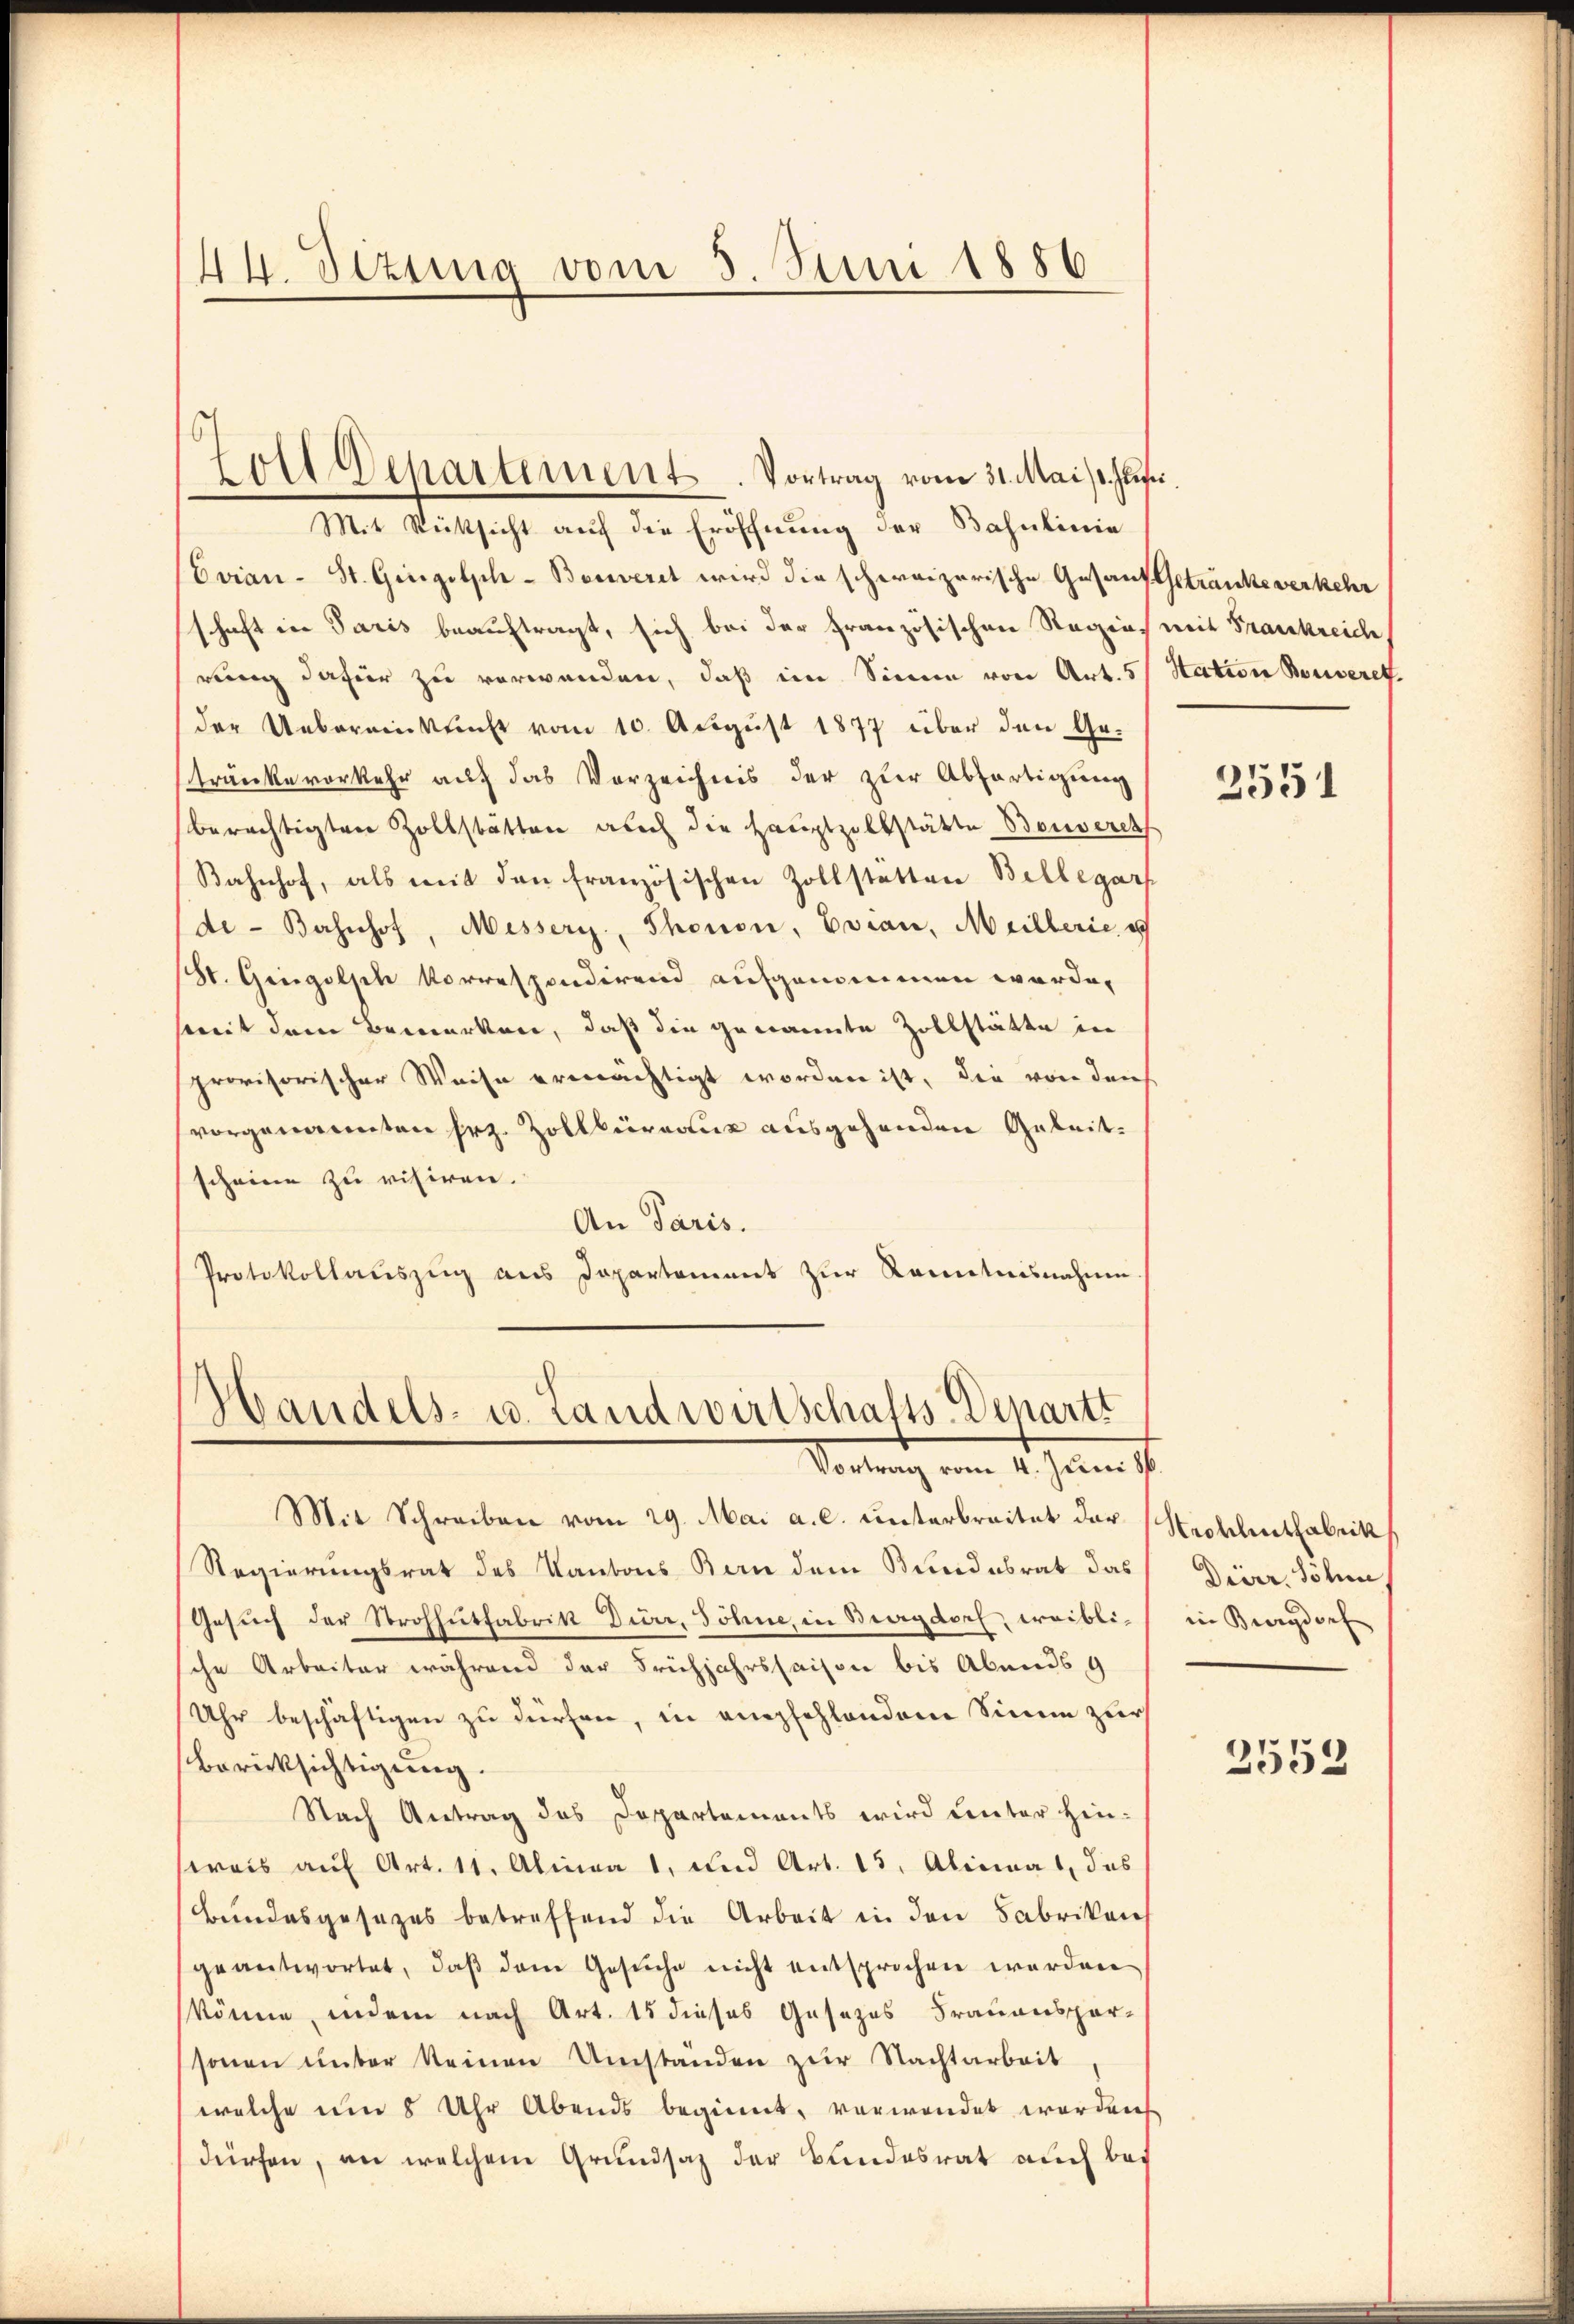
Zoll Departement. Vortrag vom 31. Mai d. Js.
Mit Rücksicht auf die Eröffnung der Bahnlinie
Evian-St. Gingelsch - Benveret wird die schweizerische Gesand Getranke verkehr
schaft in Paris beauftragt, sich bei der Französischen Regens weit Frankreich
rung dafür zu verwenden, daß im Sinne von Art. 5 Station Bouveret.
der Uebereinkunft vom 10. August 1877 über den Getränke vorkehr auf das Verzeichnis der zur Abfertigung
berechtigten Zollstatten auch die Hauptzollstätte Benvereh
Bahnhof, als mit den französischen Zollstatten Bellegar
de Bahnhof, Messers, Thonon, Evian, Meillerie e
(St. Gingolsch Korrespondirend aufgenommen werde,
seit dem Bemerken, daß die genannte Zollstätte in
provisorischer Weise ermächtigt worden ist, die von den
vorgenannten Frz. Zollbüreaux ausgehenden Geleitscheine zu visiren.
An Paris.
Protokollauszug aus Departement zur Kenntnisnahme.

44. Dezung vom 5. Juni 1886

¬
gandels- u. Landwirtschafts-Departi
Vortrag vom 4. Juni d.

Mit Schreiben vom 29. Mai a. c. unterbreitet der Mecklenthabrik
Regierungsrat des Kantons Bern dem Bundesrat das
Gesuch der Strohhutfabrik Dürr, Söhne, in Burgdorf, weibliche Arbeiter während der Frühjahrssaison bis Abends 9
Uhr beschäftigen zu dürfen, in empfehlenden Sinne zur
Berücksichtigung.
Nach Antrag des Doppartements wird unter Hin-
sreis auf Art. 11. Alina 1, und Art. 15. Aliciat, das
Bundesgesezes betreffend die Arbeit in den Fabrikan
geantwortet, daβ dem Gesŭche nicht entsprochen werden
könne, indem nach Art. 15 dieses Gesezes Frauensparsonen unter keinen Umstanden zur Nachtarbeit
welche um 8 Uhr Abends beginnt, verwendet worden
dürfen, an welchem Grundsaz der Bundesrat auch bei

2551

Dieer, Söhn
in Burgdorf

2552